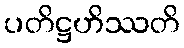
ပတိဋ္ဌဟိဿတိ